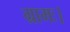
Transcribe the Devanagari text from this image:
ग्रामः।